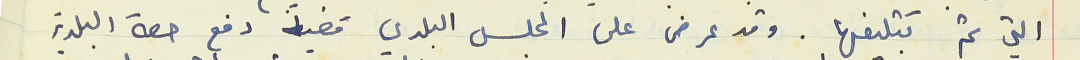
التي تم تبليغها. وقد عرض على المجلس البلدي قضية دفع حصة البلدية